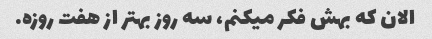
الان که بهش فکر میکنم، سه روز بهتر از هفت روزه.